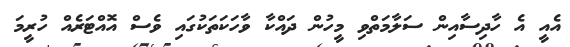
އެއީ އެ ހާދިސާއިން ސަލާމަތްވި މީހުން ދައްކާ ވާހަކަތަކުގައި ވެސް އޮއްޓަރެއް ހުރީމަ